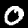
Label: 0